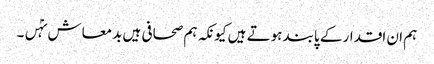
ہم ان اقدار کے پابند ہوتے ہیں کیونکہ ہم صحافی ہیں بدمعاش نہٰں۔